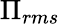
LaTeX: \Pi_{rms}